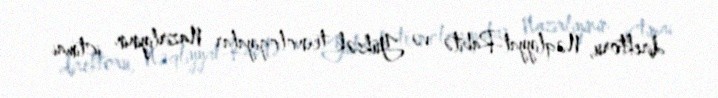
direktoru, Nəqliyyat-Rabitə və Yüksək texnologiyalar Nazirliyinin ictimai